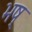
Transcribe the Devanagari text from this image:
भष्